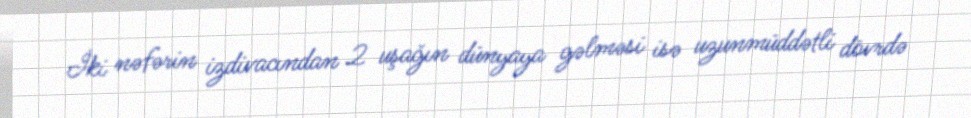
İki nəfərin izdivacından 2 uşağın dünyaya gəlməsi isə uzunmüddətli dövrdə